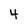
Character: 4